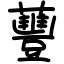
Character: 蘴